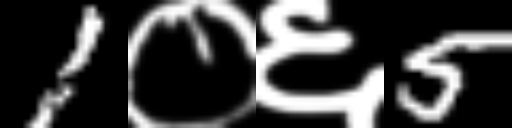
Text: 1०६5